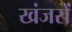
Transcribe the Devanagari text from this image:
खंजरों